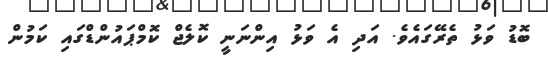
ބޮޑު ވަޅު ތެރޭގައެވެ. އަދި އެ ވަޅު އިންނަނީ ކޮލެޖް ކޮމްޕައުންޑްގައި ކަމުން